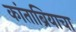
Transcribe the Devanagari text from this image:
कांताब्रियाचा